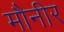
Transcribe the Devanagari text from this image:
मौनीर